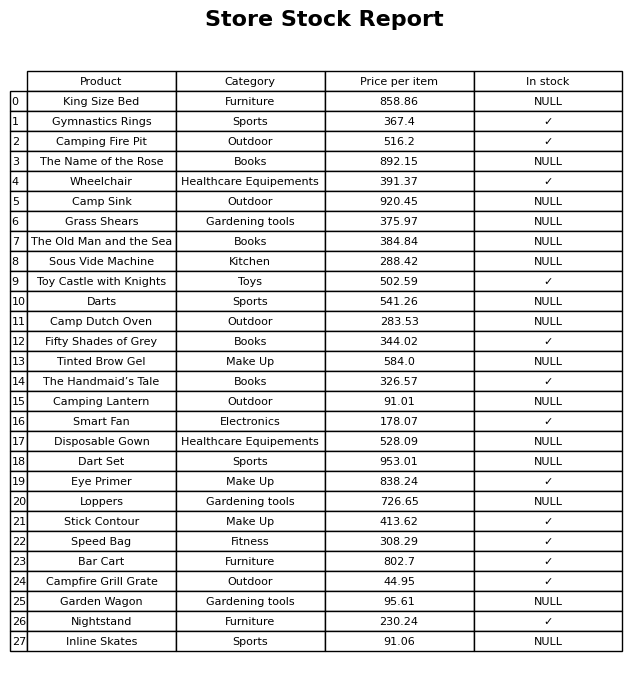
question: What is the price for Camp Sink?
answer: The price of Camp Sink is 920.45.